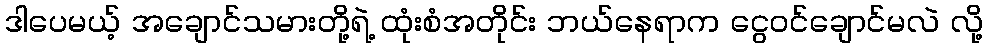
ဒါပေမယ့် အချောင်သမားတို့ရဲ့ ထုံးစံအတိုင်း ဘယ်နေရာက ငွေဝင်ချောင်မလဲ လို့